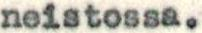
neistossa.